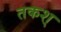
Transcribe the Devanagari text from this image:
तकश्